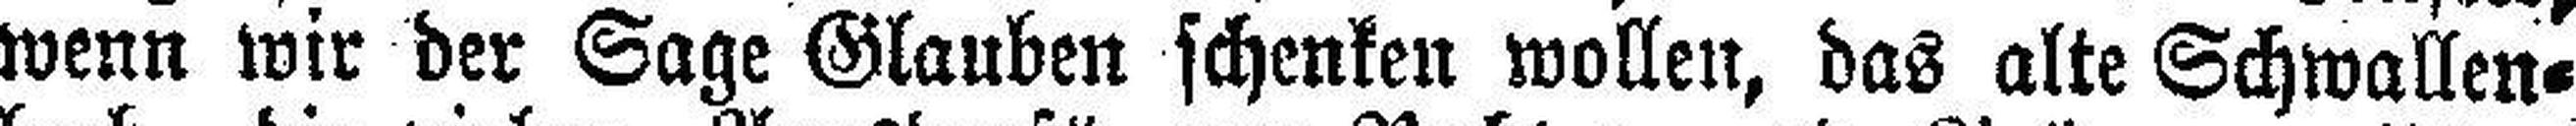
wenn wir der Sage Glauben schenken wollen, das alte Schwallen¬